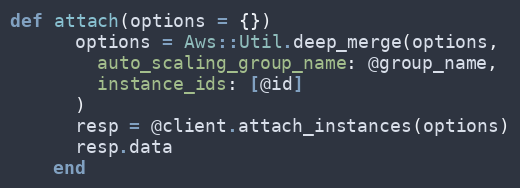
Language: Ruby
def attach(options = {})
      options = Aws::Util.deep_merge(options,
        auto_scaling_group_name: @group_name,
        instance_ids: [@id]
      )
      resp = @client.attach_instances(options)
      resp.data
    end